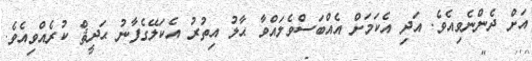
އަށް ދެންނެވިއެވެ. އަދި އެކަމަށް އެއްބަސްވެލައްވާ ޙާލު އިތުރު އެކަލޭގެފާނު ޙަދީޘް ކުރެއްވިއެވެ.